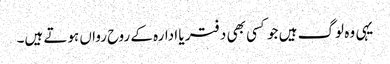
یہی وہ لوگ ہیں جو کسی بھی دفتر یا ادارہ کے روح رواں ہوتے ہیں۔